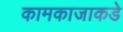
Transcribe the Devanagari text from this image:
कामकाजाकडे